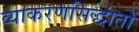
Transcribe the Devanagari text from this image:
व्याकरणसिद्धांतों